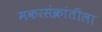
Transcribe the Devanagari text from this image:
मकरसंक्रांतीला